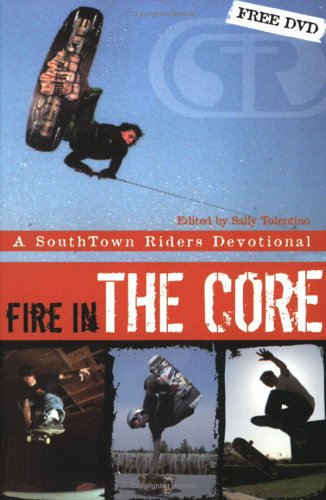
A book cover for Fire In The Core; Sally Tolentino (Editor) The Southtown Riders; Teen & Young Adult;